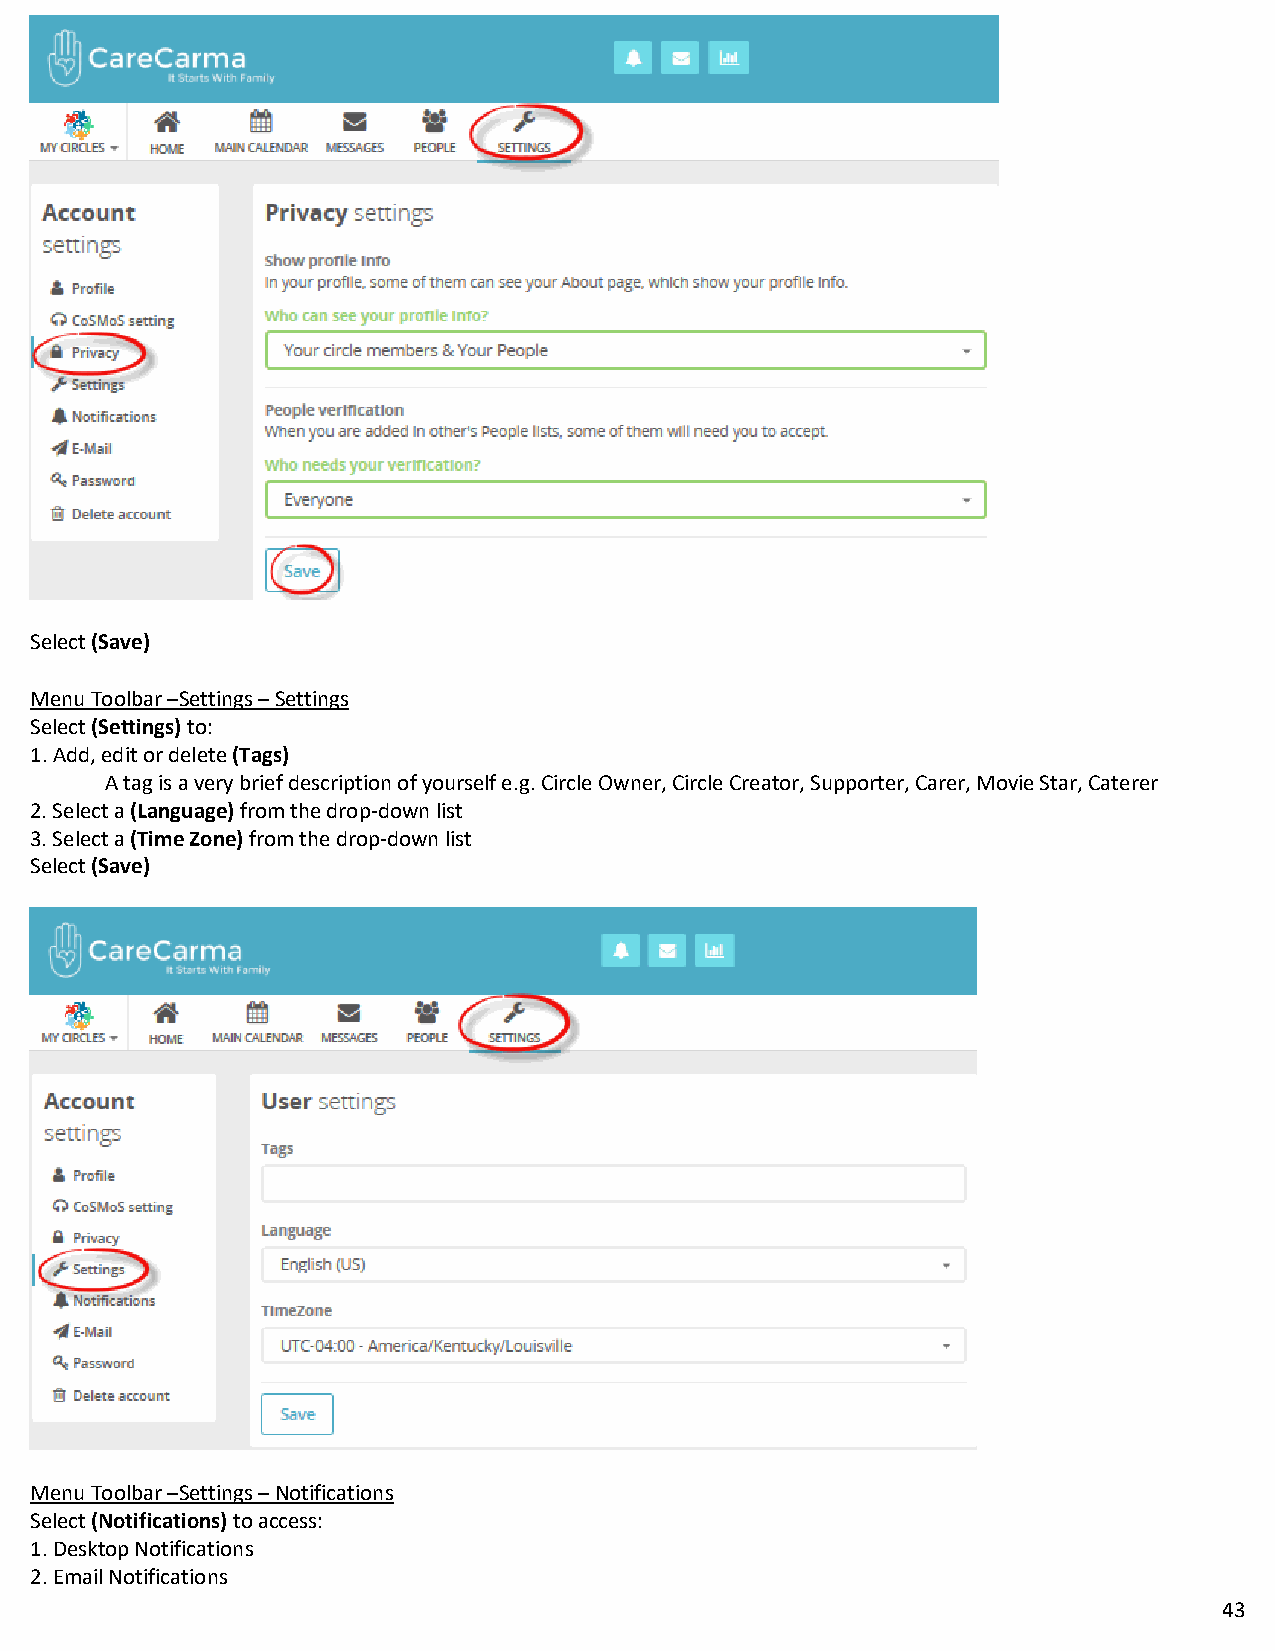
Select (Save)
 Menu Toolbar –Settings – Settings
 Select (Settings) to:
 1. Add, edit or delete (Tags)
 A tag is a very brief description of yourself e.g. Circle Owner, Circle Creator, Supporter, Carer, Movie Star, Caterer
 2. Select a (Language) from the drop-down list
 3. Select a (Time Zone) from the drop-down list
 Select (Save)
 Menu Toolbar –Settings – Notifications
 Select (Notifications) to access:
 1. Desktop Notifications
 2. Email Notifications
 43